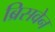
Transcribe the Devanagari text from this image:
ब्रिसवेन